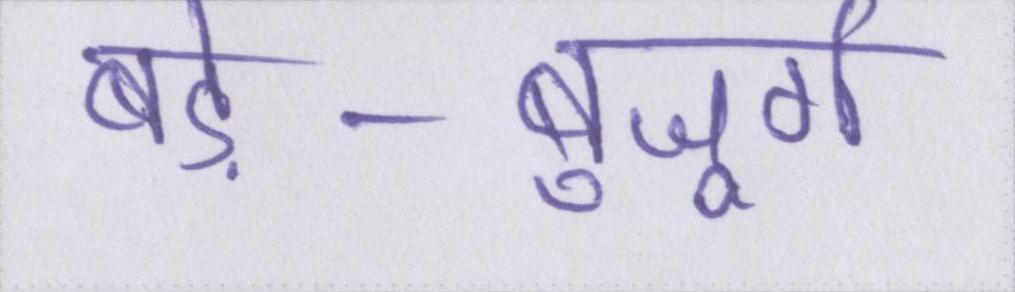
बड़े-बुजूर्ग